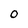
Character: 0